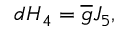
d H _ { 4 } = \overline { { { g } } } J _ { 5 } ,